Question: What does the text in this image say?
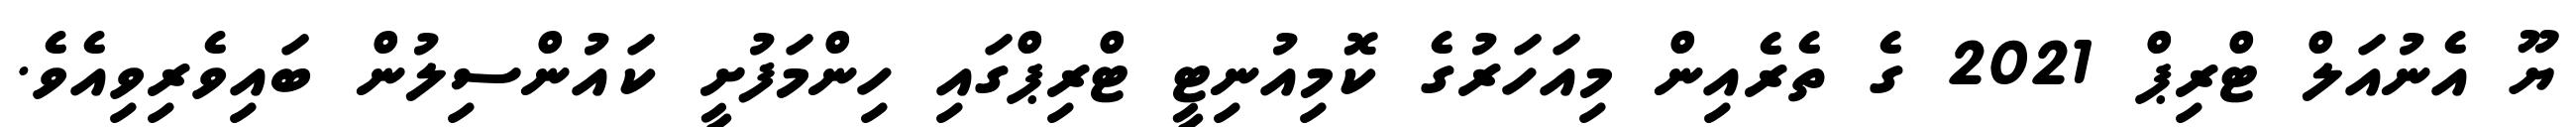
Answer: ޔޫ އެނުއަލް ޓްރިޕް 2021 ގެ ތެރެއިން މިއަހަރުގެ ކޮމިއުނިޓީ ޓްރިޕްގައި ހިންމަފުށީ ކައުންސިލުން ބައިވެރިވިއެވެ.